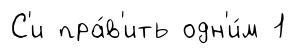
С'и пра́в'ить одн'и́м 1